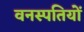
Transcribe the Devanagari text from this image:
वनस्‍पतियों